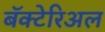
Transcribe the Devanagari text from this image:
बॅक्टेरिअल